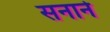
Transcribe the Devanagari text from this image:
सनाने